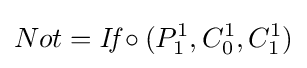
Not={\textit {If}}\circ (P_{1}^{1},C_{0}^{1},C_{1}^{1})